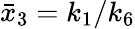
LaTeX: \bar{x}_{3}=k_{1}/k_{6}